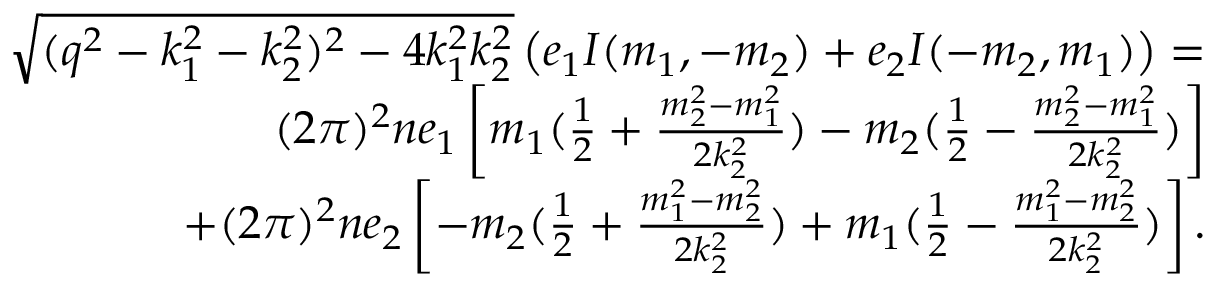
\begin{array} { r l r } & { } & { \sqrt { ( q ^ { 2 } - k _ { 1 } ^ { 2 } - k _ { 2 } ^ { 2 } ) ^ { 2 } - 4 k _ { 1 } ^ { 2 } k _ { 2 } ^ { 2 } } \left( e _ { 1 } I ( m _ { 1 } , - m _ { 2 } ) + e _ { 2 } I ( - m _ { 2 } , m _ { 1 } ) \right) = } \\ & { } & { ( 2 \pi ) ^ { 2 } n e _ { 1 } \left[ m _ { 1 } ( \frac { 1 } { 2 } + \frac { m _ { 2 } ^ { 2 } - m _ { 1 } ^ { 2 } } { 2 k _ { 2 } ^ { 2 } } ) - m _ { 2 } ( \frac { 1 } { 2 } - \frac { m _ { 2 } ^ { 2 } - m _ { 1 } ^ { 2 } } { 2 k _ { 2 } ^ { 2 } } ) \right] } \\ & { } & { + ( 2 \pi ) ^ { 2 } n e _ { 2 } \left[ - m _ { 2 } ( \frac { 1 } { 2 } + \frac { m _ { 1 } ^ { 2 } - m _ { 2 } ^ { 2 } } { 2 k _ { 2 } ^ { 2 } } ) + m _ { 1 } ( \frac { 1 } { 2 } - \frac { m _ { 1 } ^ { 2 } - m _ { 2 } ^ { 2 } } { 2 k _ { 2 } ^ { 2 } } ) \right] . } \end{array}